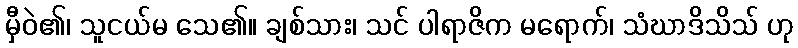
မှီဝဲ၏၊ သူငယ်မ သေ၏။ ချစ်သား၊ သင် ပါရာဇိက မရောက်၊ သံဃာဒိသိသ် ဟု